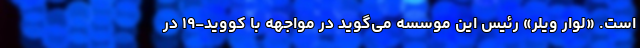
است. «لوار ویلر» رئیس این موسسه می‌گوید در مواجهه با کووید-۱۹ در